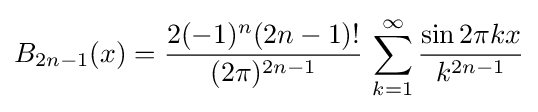
B_{2n-1}(x)={\frac {2(-1)^{n}(2n-1)!}{(2\pi )^{2n-1}}}\,\sum _{k=1}^{\infty }{\frac {\sin 2\pi kx}{k^{2n-1}}}